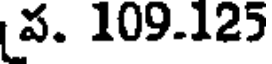
ప. 109.125